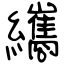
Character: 纗